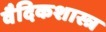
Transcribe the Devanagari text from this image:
वैदिकशास्त्र